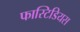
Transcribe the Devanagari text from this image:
फास्टिडियस